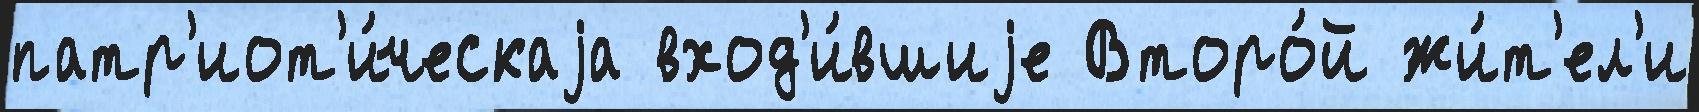
патр'иот'и́ческаjа вход'и́вшиjе Второ́й жи́т'ел'и